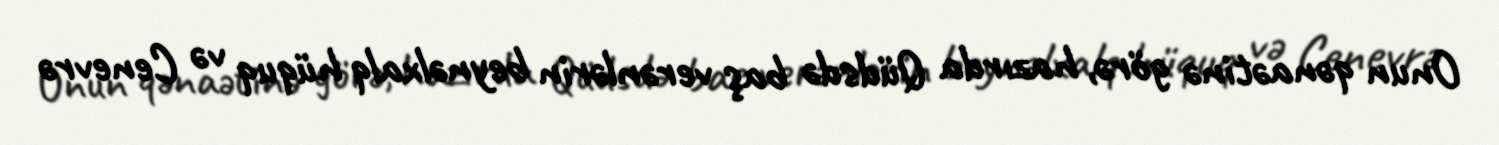
Onun qənaətinə görə, hazırda Qüdsdə baş verənlərin beynəlxalq hüquq və Cenevrə